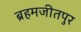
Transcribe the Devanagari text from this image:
ब्रहमजीतपुर